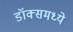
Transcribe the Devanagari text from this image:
डॉक्समध्ये